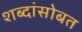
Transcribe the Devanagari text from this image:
शब्दांसोबत